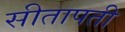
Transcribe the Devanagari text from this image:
सीतापती